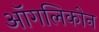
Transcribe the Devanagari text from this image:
ऑगलिकोन